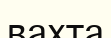
вахта